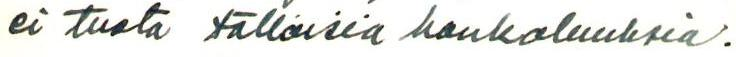
ei tuota tällaisia hankaluuksia.